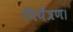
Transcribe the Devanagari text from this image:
नियँत्रण।